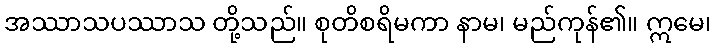
အဿာသပဿာသ တို့သည်။ စုတိစရိမကာ နာမ၊ မည်ကုန်၏။ ဣမေ၊